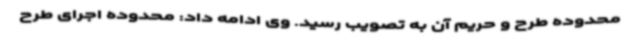
محدوده طرح و حریم آن به تصویب رسید. وی ادامه داد: محدوده اجرای طرح